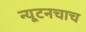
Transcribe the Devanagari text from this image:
न्यूटनचाच